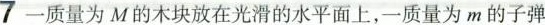
7一质量为M的木块放在光滑的水平面上，一质量为m的子弹